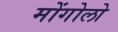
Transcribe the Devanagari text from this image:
मोंगोलो